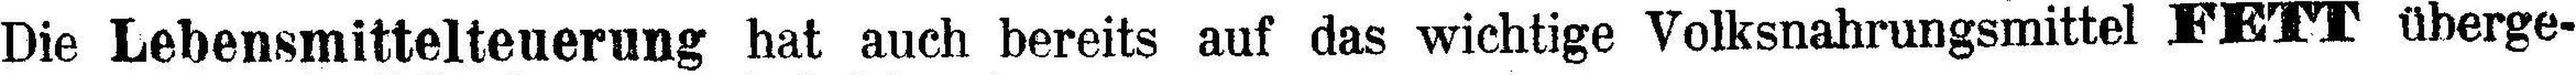
Die Lebensmittelteuerung hat auch bereits auf das wichtige Volksnahrungsmittel FETT überge¬